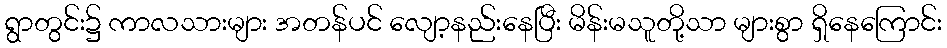
ရွာတွင်း၌ ကာလသားများ အတန်ပင် လျော့နည်းနေပြီး မိန်းမသူတို့သာ များစွာ ရှိနေကြောင်း